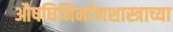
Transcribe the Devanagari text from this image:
औषधिनिर्माणशास्त्राच्या